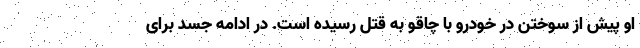
او پیش از سوختن در خودرو با چاقو به قتل رسیده است. در ادامه جسد برای